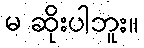
မ ဆိုးပါဘူး။